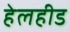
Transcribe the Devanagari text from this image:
हेलहीड